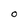
Character: O